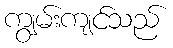
ကျွမ်းကျင်သည်